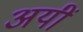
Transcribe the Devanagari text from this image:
अयीं